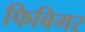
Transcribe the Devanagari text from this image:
फिबिगर